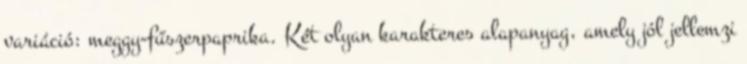
variáció: meggy-fűszerpaprika. Két olyan karakteres alapanyag, amely jól jellemzi